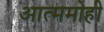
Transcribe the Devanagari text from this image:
आत्ममोही